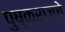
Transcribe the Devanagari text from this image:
पुष्कराजचे